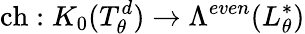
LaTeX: \mathrm{ch}:K_{0}(T_{\theta}^{d})\to\Lambda^{even}(L_{\theta}^{*})